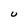
Character: U